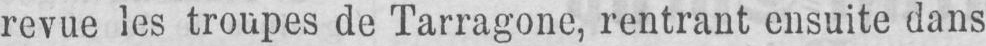
revue les troupes de Tarragone, rentrant ensuite dans